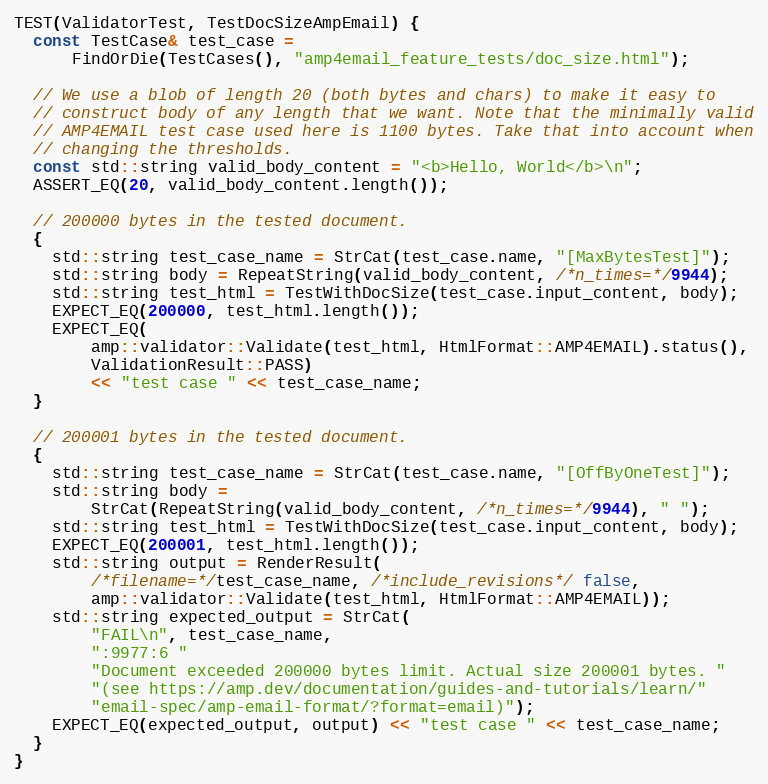
Language: C++
TEST(ValidatorTest, TestDocSizeAmpEmail) {
  const TestCase& test_case =
      FindOrDie(TestCases(), "amp4email_feature_tests/doc_size.html");

  // We use a blob of length 20 (both bytes and chars) to make it easy to
  // construct body of any length that we want. Note that the minimally valid
  // AMP4EMAIL test case used here is 1100 bytes. Take that into account when
  // changing the thresholds.
  const std::string valid_body_content = "<b>Hello, World</b>\n";
  ASSERT_EQ(20, valid_body_content.length());

  // 200000 bytes in the tested document.
  {
    std::string test_case_name = StrCat(test_case.name, "[MaxBytesTest]");
    std::string body = RepeatString(valid_body_content, /*n_times=*/9944);
    std::string test_html = TestWithDocSize(test_case.input_content, body);
    EXPECT_EQ(200000, test_html.length());
    EXPECT_EQ(
        amp::validator::Validate(test_html, HtmlFormat::AMP4EMAIL).status(),
        ValidationResult::PASS)
        << "test case " << test_case_name;
  }

  // 200001 bytes in the tested document.
  {
    std::string test_case_name = StrCat(test_case.name, "[OffByOneTest]");
    std::string body =
        StrCat(RepeatString(valid_body_content, /*n_times=*/9944), " ");
    std::string test_html = TestWithDocSize(test_case.input_content, body);
    EXPECT_EQ(200001, test_html.length());
    std::string output = RenderResult(
        /*filename=*/test_case_name, /*include_revisions*/ false,
        amp::validator::Validate(test_html, HtmlFormat::AMP4EMAIL));
    std::string expected_output = StrCat(
        "FAIL\n", test_case_name,
        ":9977:6 "
        "Document exceeded 200000 bytes limit. Actual size 200001 bytes. "
        "(see https://amp.dev/documentation/guides-and-tutorials/learn/"
        "email-spec/amp-email-format/?format=email)");
    EXPECT_EQ(expected_output, output) << "test case " << test_case_name;
  }
}